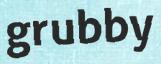
grubby